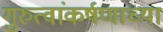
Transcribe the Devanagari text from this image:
गुरुत्वांकर्षणाच्या